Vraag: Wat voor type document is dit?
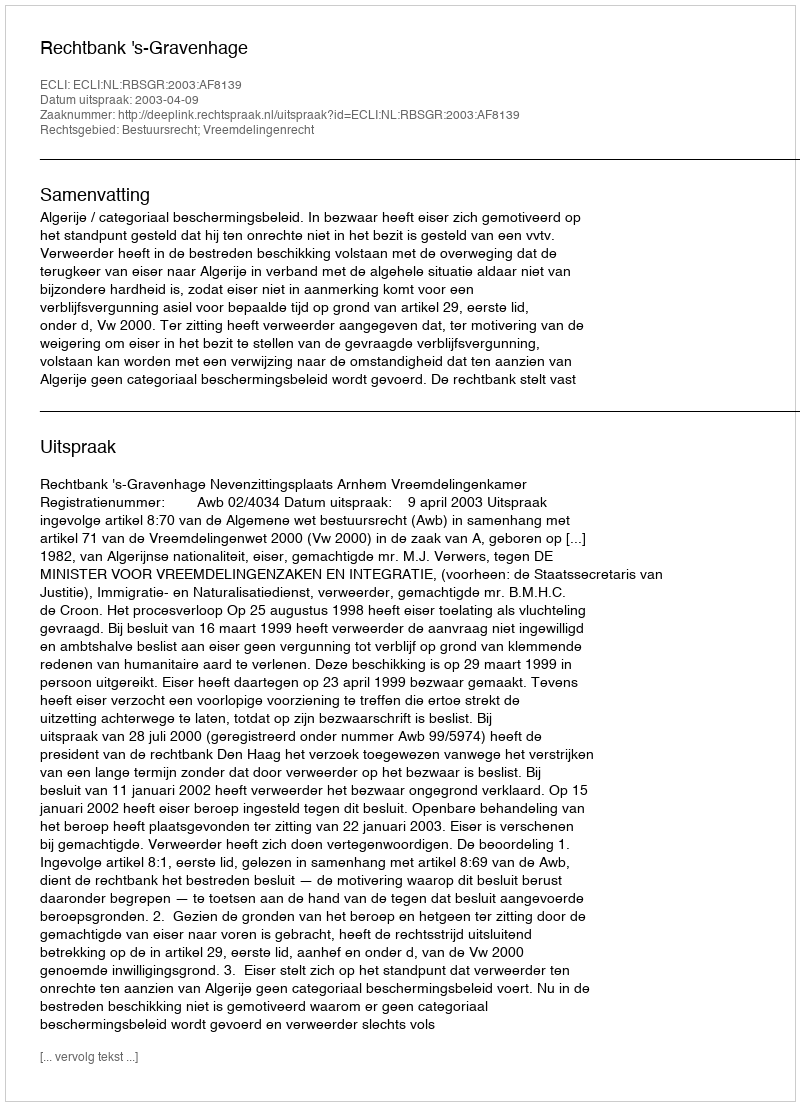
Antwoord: Uitspraak